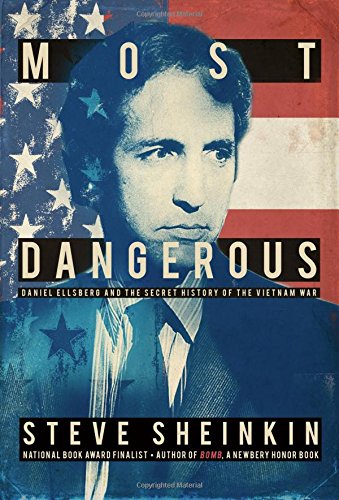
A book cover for Most Dangerous: Daniel Ellsberg and the Secret History of the Vietnam War; Steve Sheinkin; Children's Books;